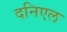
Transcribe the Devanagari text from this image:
दनिएल